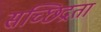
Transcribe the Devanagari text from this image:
सच्छिद्रता